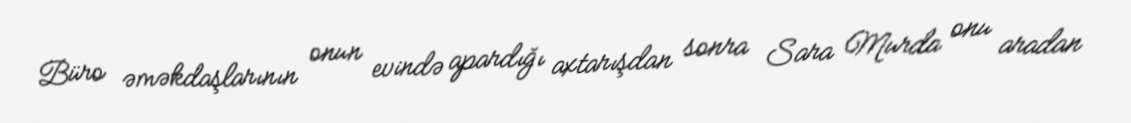
Büro əməkdaşlarının onun evində apardığı axtarışdan sonra Sara Murda onu aradan